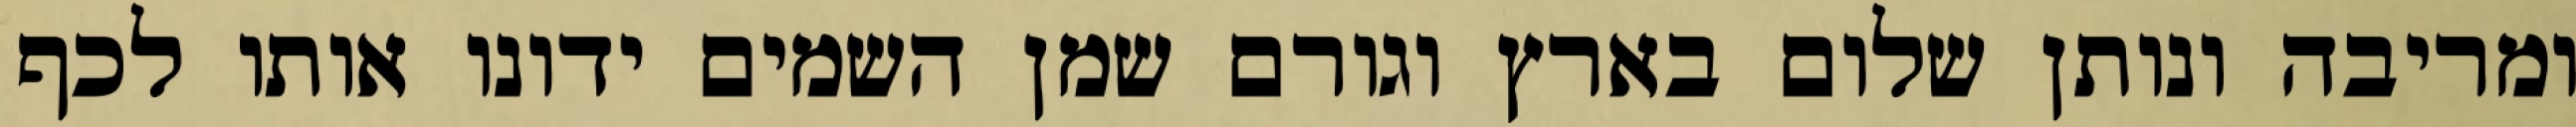
ומריבה ונותן שלום בארץ וגורם שמן השמים ידונו אותו לכף